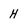
Character: H